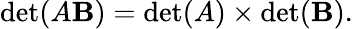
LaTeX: \operatorname*{det}(A\mathbf{B})=\operatorname*{det}(A)\times\operatorname*{det}(\mathbf{B}).